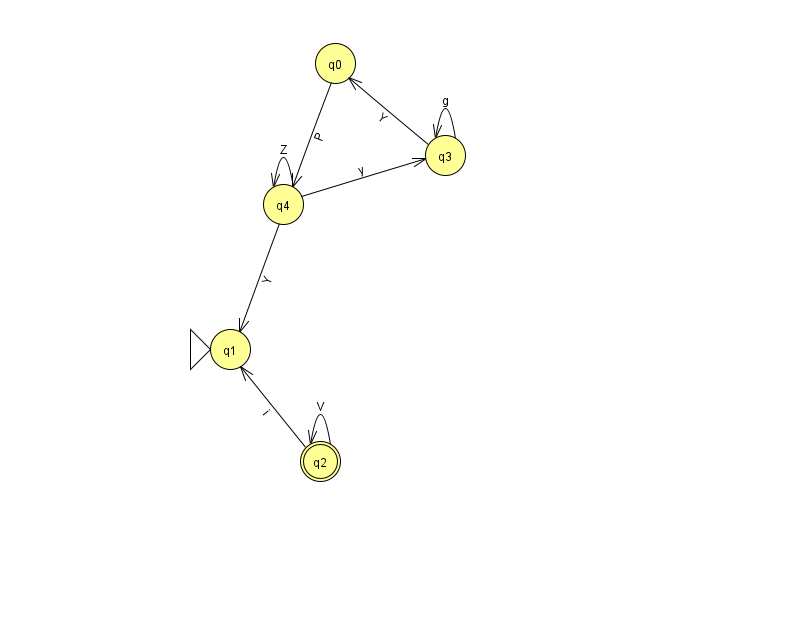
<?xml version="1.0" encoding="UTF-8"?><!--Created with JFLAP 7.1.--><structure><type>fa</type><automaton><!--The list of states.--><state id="0" name="q0"><x>335.0</x><y>50.0</y></state><state id="1" name="q1"><x>230.0</x><y>336.0</y><initial/></state><state id="2" name="q2"><x>320.0</x><y>448.0</y><final/></state><state id="3" name="q3"><x>445.0</x><y>142.0</y></state><state id="4" name="q4"><x>283.0</x><y>191.0</y></state><!--The list of transitions.--><transition><from>2</from><to>1</to><read>i</read></transition><transition><from>2</from><to>2</to><read>V</read></transition><transition><from>4</from><to>3</to><read>y</read></transition><transition><from>3</from><to>3</to><read>g</read></transition><transition><from>0</from><to>4</to><read>P</read></transition><transition><from>4</from><to>4</to><read>Z</read></transition><transition><from>4</from><to>1</to><read>Y</read></transition><transition><from>3</from><to>0</to><read>Y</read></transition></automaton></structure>